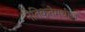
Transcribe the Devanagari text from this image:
नैतिकतेमधील